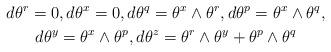
LaTeX: \begin{gather*}d \theta^r = 0, d \theta^x = 0, d\theta^q = \theta^x \wedge \theta^r, d\theta^p = \theta^x \wedge \theta^q,\\ d \theta^y = \theta^x \wedge \theta^p, d \theta^z = \theta^r \wedge \theta^y + \theta^p \wedge \theta^q\end{gather*}